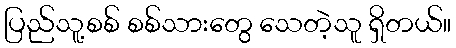
ပြည်သူ့စစ် စစ်သားတွေ သေတဲ့သူ ရှိတယ်။